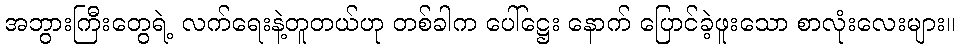
အဘွားကြီးတွေရဲ့ လက်ရေးနဲ့တူတယ်ဟု တစ်ခါက ပေါ်ဋ္ဌေး နောက် ပြောင်ခဲ့ဖူးသော စာလုံးလေးများ။